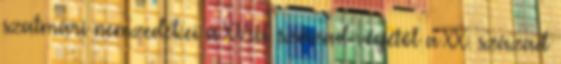
szatmári nemzedékei a XVIII. század végétől a XX. század